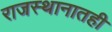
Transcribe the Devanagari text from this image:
राजस्थानातही